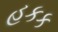
હકક